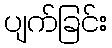
ပျက်ခြင်း